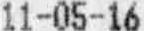
11-05-16